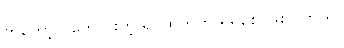
ကတော့ ပိုကောင်းတဲ့ ရုပ်ထွက်ကို ရရှိစေ ဖြစ်ပါတယ်။